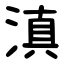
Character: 滇